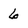
Character: 6